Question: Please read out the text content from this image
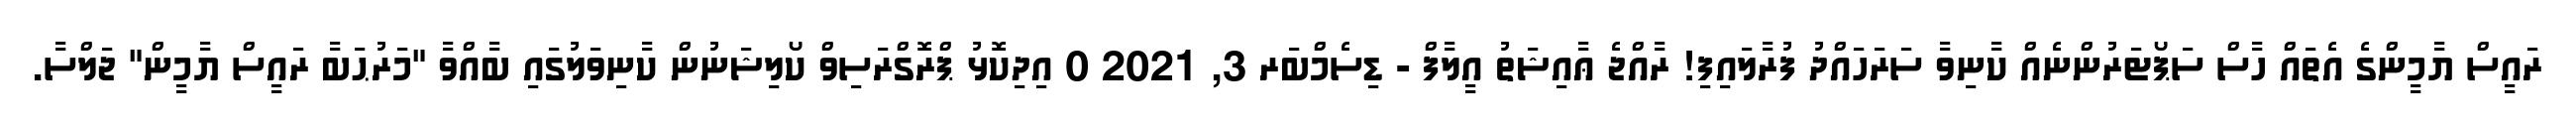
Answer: ރައީސް ޔާމީންގެ އެތައް ހާސް ސަޕޯޓަރުންނެއް ކާނިވާ ސަރަހައްދު ފުރާލައިފި! ރާއްޖެ ޢާއިޝަތު އީލާފް - ޑިސެމްބަރ 3, 2021 0 އިދިކޮޅު ޕްރޮގްރަސިވް ކޯލިޝަނުން ކާނިވަލުގައި ބާއްވާ "މަރުޙަބާ ރައީސް ޔާމީން" ޖަލްސާ.